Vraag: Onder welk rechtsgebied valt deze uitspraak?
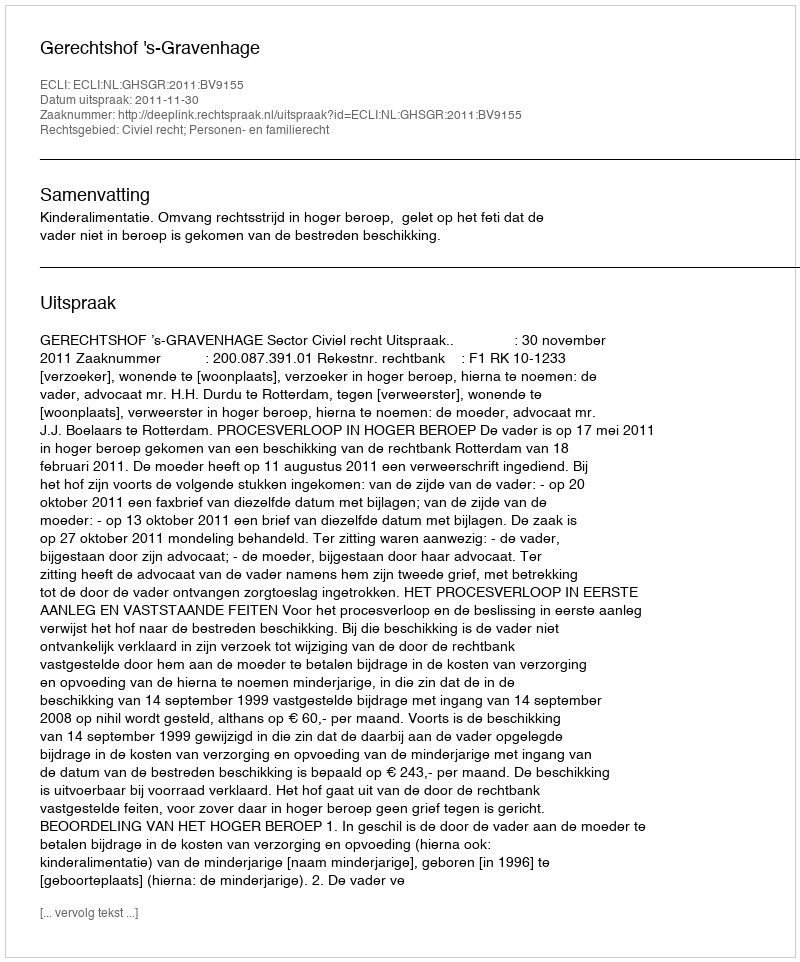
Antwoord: Civiel recht; Personen- en familierecht